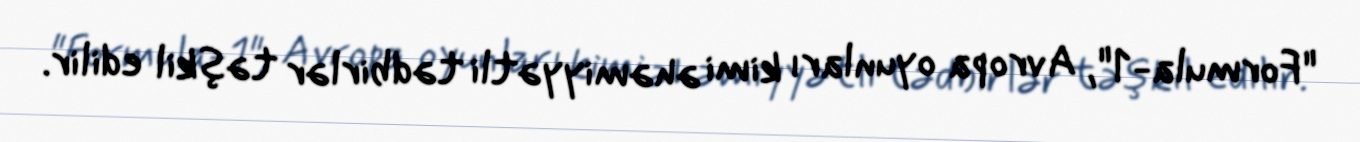
"Formula-1", Avropa oyunları kimi əhəmiyyətli tədbirlər təşkil edilir.